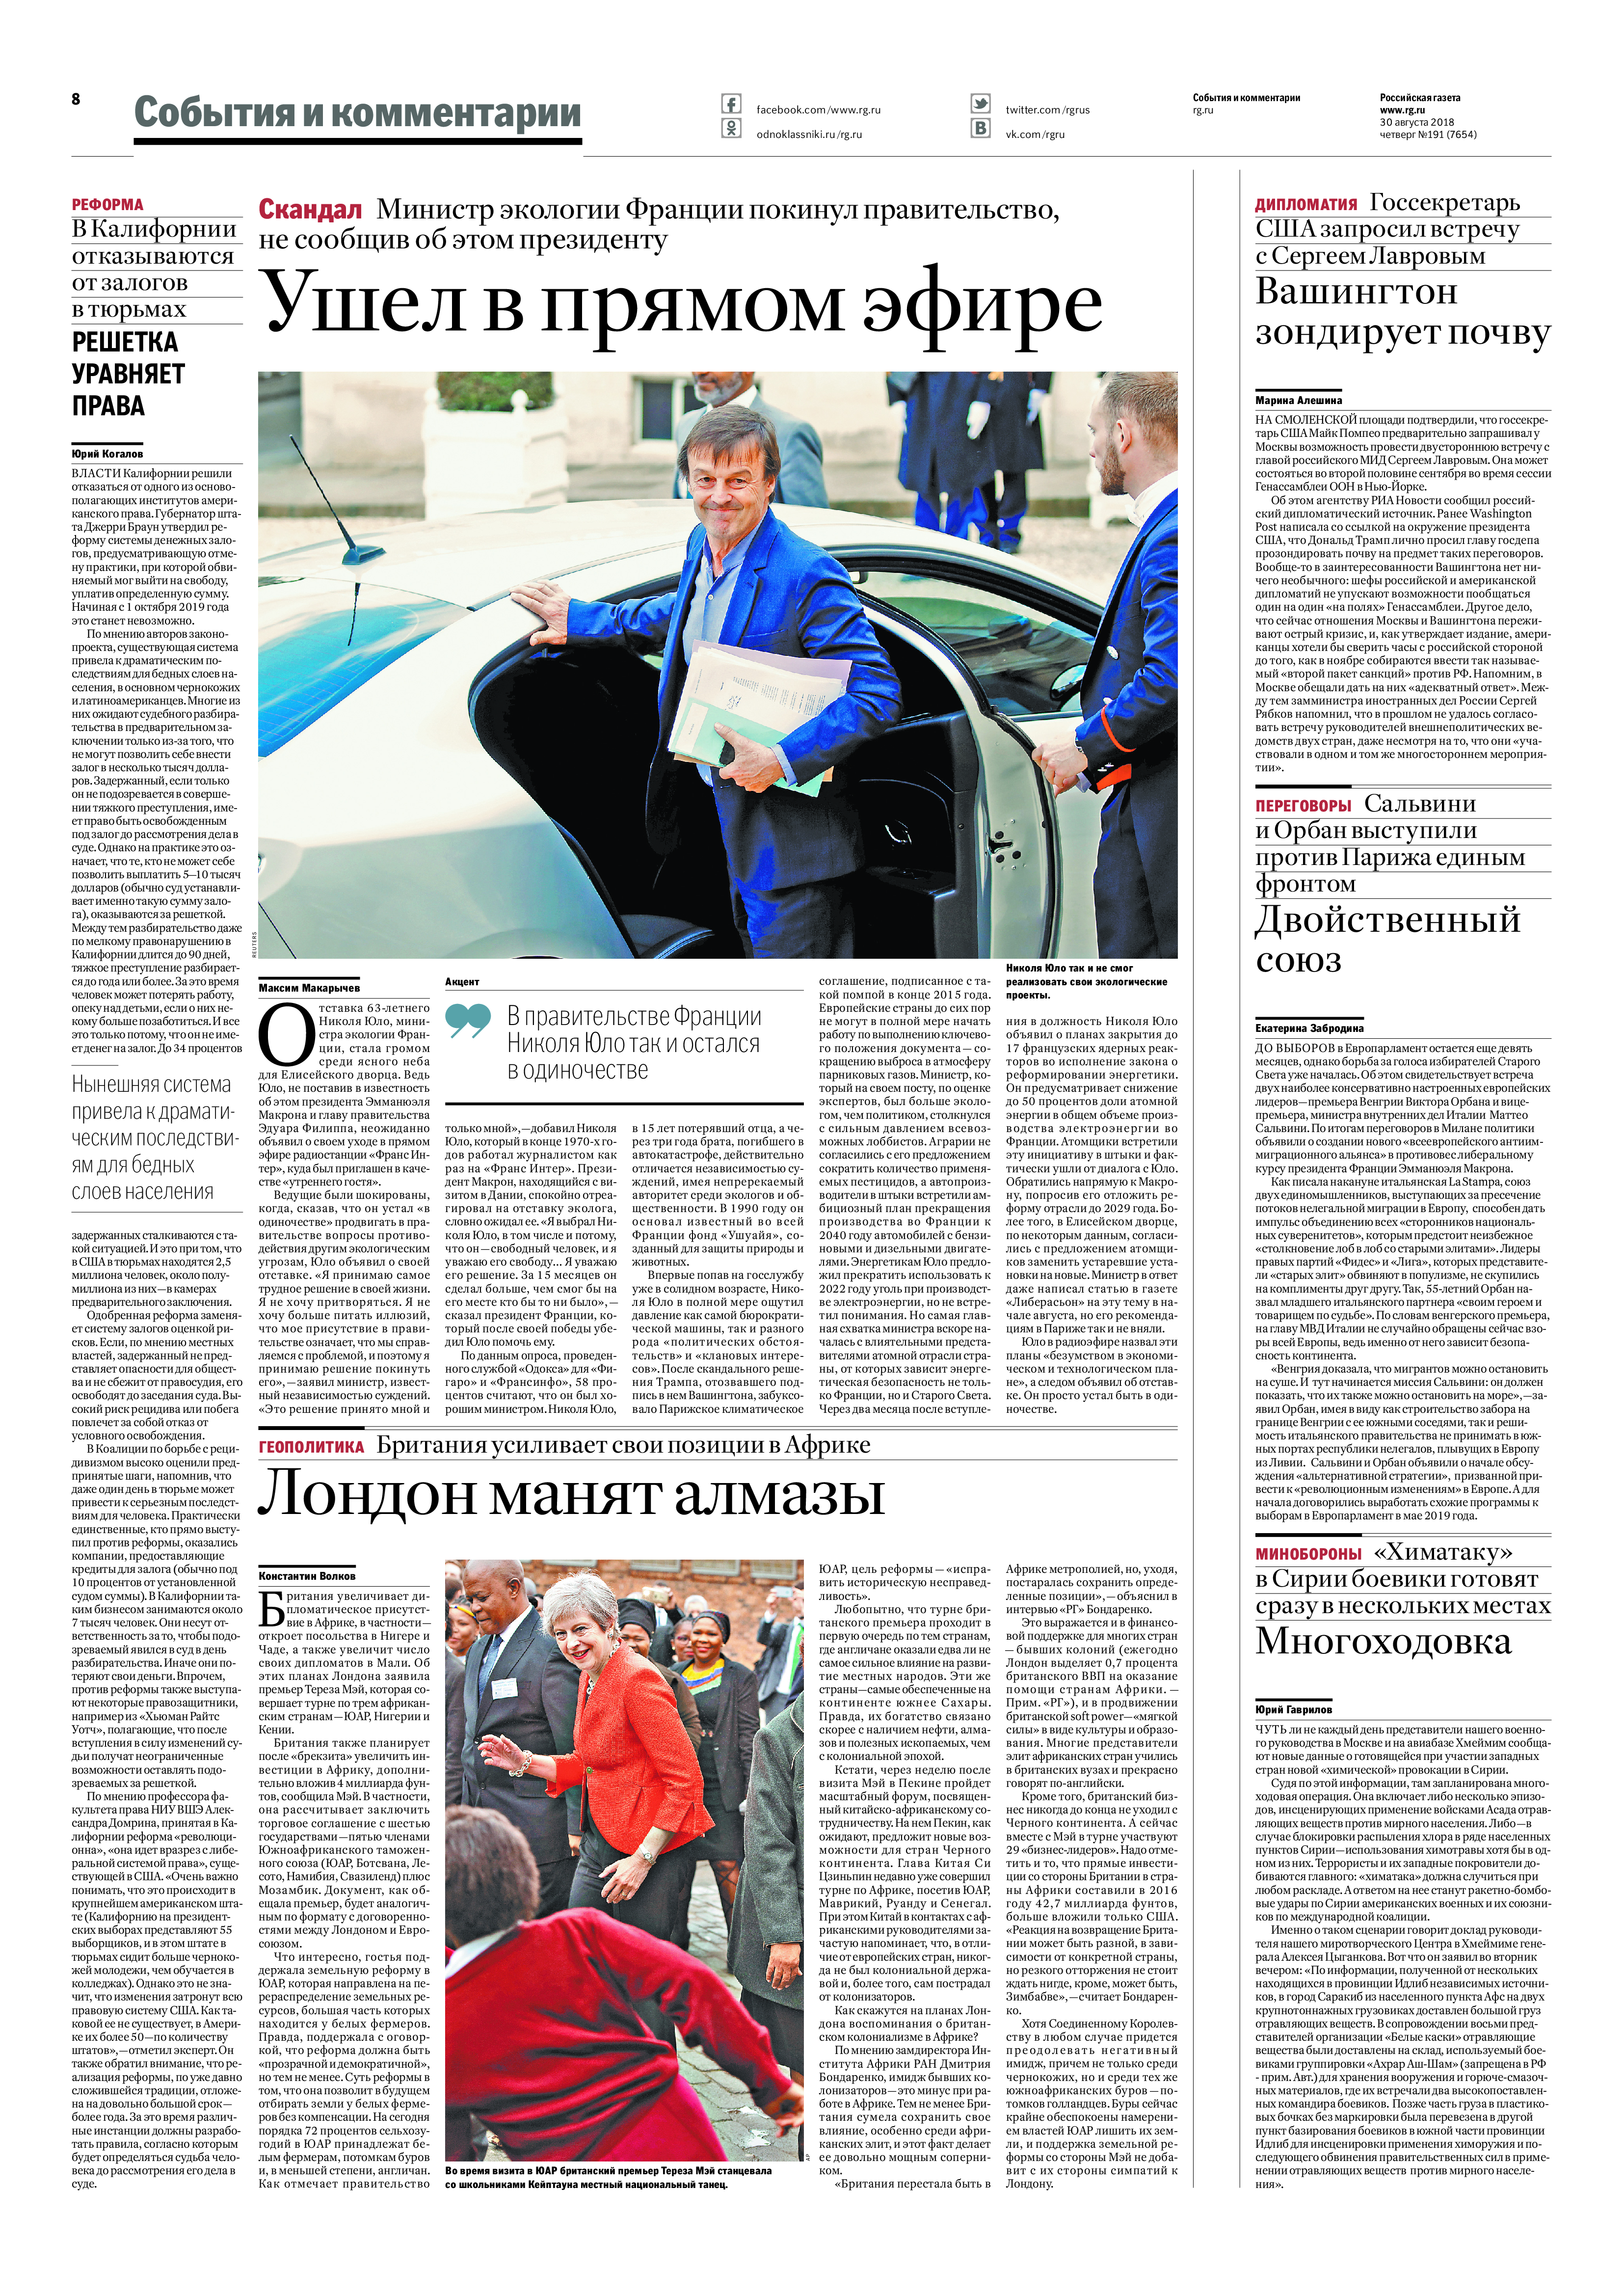
Language: ru